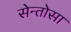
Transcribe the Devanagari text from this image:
सेन्तोसा